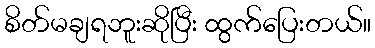
စိတ်မချရဘူးဆိုပြီး ထွက်ပြေးတယ်။